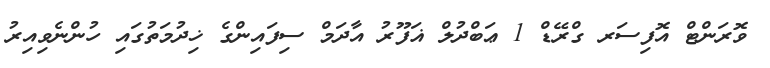
ވޮރަންޓް އޮފިސަރ ގްރޭޑް 1 ޢަބްދުލް ޣަފޫރު އާދަމް ސިފައިންގެ ޚިދުމަތުގައި ހުންނެވިއިރު